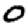
Digit: 0